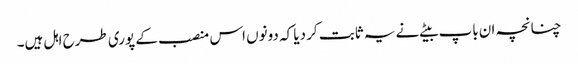
چنانچہ ان باپ بیٹے نے یہ ثابت کر دیا کہ دونوں اس منصب کے پوری طرح اہل ہیں۔